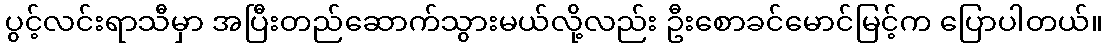
ပွင့်လင်းရာသီမှာ အပြီးတည်ဆောက်သွားမယ်လို့လည်း ဦးစောခင်မောင်မြင့်က ပြောပါတယ်။